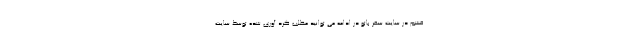
قشم در سایت سفر باتو در ادامه می توانید مطلب گرد آوری شده توسط سایت